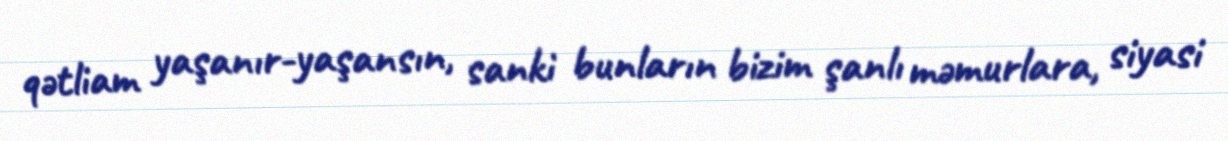
qətliam yaşanır-yaşansın, sanki bunların bizim şanlı məmurlara, siyasi